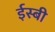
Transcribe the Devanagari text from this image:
ईस्बी